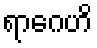
ရာဂေဟိ